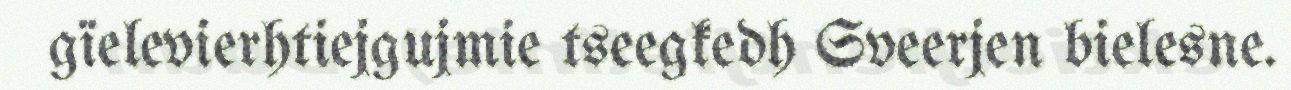
gïelevierhtiejgujmie tseegkedh Sveerjen bielesne.